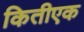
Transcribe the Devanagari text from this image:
कितीएक